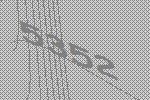
5352